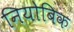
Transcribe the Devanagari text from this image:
नियोबिक